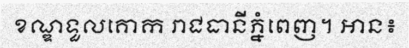
ខណ្ឌទួលគោក រាជធានីភ្នំពេញ។ អាន៖